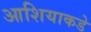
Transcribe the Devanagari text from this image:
आशियाकडे